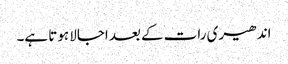
اندھیری رات کے بعد اجالا ہوتا ہے۔